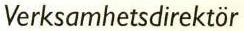
Verksamhetsdirektör